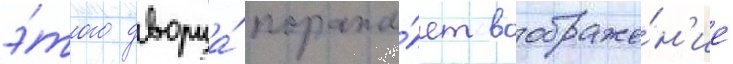
э́того дворца́ поража́ет воображе́н'ие